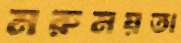
মরুময়তা